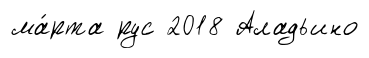
ма́рта рус 2018 Аладьино